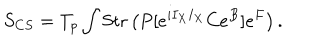
LaTeX: S _ { C S } = T _ { p } \int \mathrm { S t r } \left( P [ e ^ { i I _ { X } I _ { X } } C e ^ { B } ] e ^ { F } \right) .